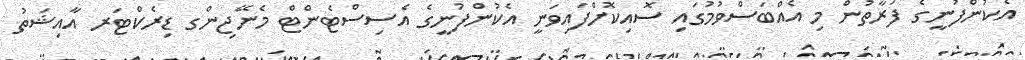
އެކުންފުނީގެ ފަރާތުން މި އެއްބަސްވުމުގައި ސޮއިކޮށްފައިވަނީ އެކުންފުނީގެ އެސިސްޓެންޓް މެނޭޖިންގ ޑިރެކްޓަރ އާއިޝަތު